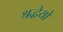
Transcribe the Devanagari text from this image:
श्रद्धेयो